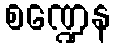
စဏ္ဍေန